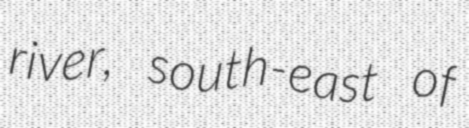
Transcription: river, south-east of